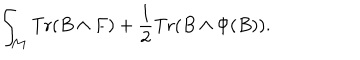
LaTeX: \int _ { \cal M } \mathrm { T r } ( B \wedge F ) + { \frac { 1 } { 2 } } \mathrm { T r } ( B \wedge \Phi ( B ) ) .